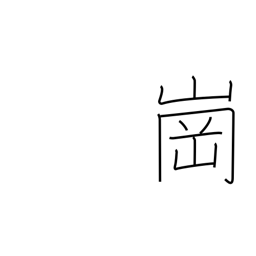
Meaning: hill